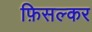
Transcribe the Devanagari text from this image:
फ़िसल्कर